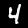
Label: 4